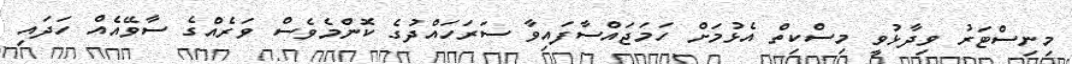
މިނިސްޓަރު ވިދާޅުވީ މިސްކިތް އެޅުމަށް ހަމަޖައްސާފައިވާ ސަރަހައްދުގެ ކޮންމެވެސް ވަރެއްގެ ސާވޭއެއް ހަދައި